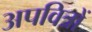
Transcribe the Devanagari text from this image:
अपवित्रों